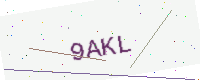
Text: 9AKL